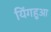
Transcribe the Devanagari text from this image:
यिंगहुआ